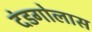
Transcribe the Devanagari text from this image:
दंडगोलास